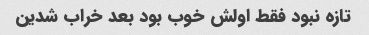
تازه نبود فقط اولش خوب بود بعد خراب شدین